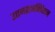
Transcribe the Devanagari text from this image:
उत्तमराजनिवेशन